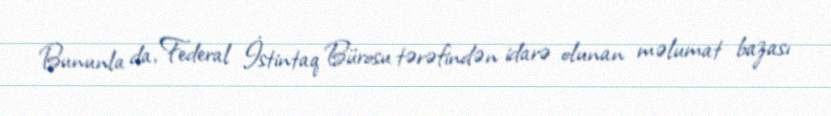
Bununla da, Federal İstintaq Bürosu tərəfindən idarə olunan məlumat bazası